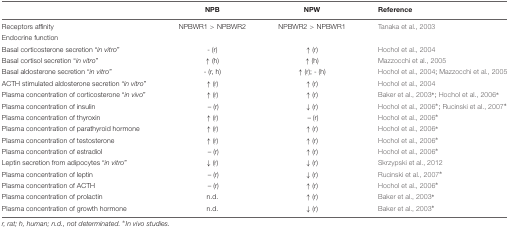
<table><thead><tr><td>[EMPTY_CELL]</td><td><b>NPB</b></td><td><b>NPW</b></td><td><b>Reference</b></td></tr></thead><tbody><tr><td>Receptors affinity</td><td>NPBWR1 &gt; NPBWR2</td><td>NPBWR2 &gt; NPBWR1</td><td>Tanaka et al., 2003</td></tr><tr><td>Endocrine function</td><td>[EMPTY_CELL]</td><td>[EMPTY_CELL]</td><td>[EMPTY_CELL]</td></tr><tr><td>Basal corticosterone secretion “<i>in vitro</i>”</td><td>- (r)</td><td>↑ (r)</td><td>Hochol et al., 2004</td></tr><tr><td>Basal cortisol secretion “<i>in vitro</i>”</td><td>↑ (h)</td><td>↑ (h)</td><td>Mazzocchi et al., 2005</td></tr><tr><td>Basal aldosterone secretion “<i>in vitro</i>”</td><td>- (r, h)</td><td>↑ (r); - (h)</td><td>Hochol et al., 2004; Mazzocchi et al., 2005</td></tr><tr><td>ACTH stimulated aldosterone secretion “<i>in vitro</i>”</td><td>↑ (r)</td><td>↑ (r)</td><td>Hochol et al., 2004</td></tr><tr><td>Plasma concentration of corticosterone “<i>in vivo</i>”</td><td>↑ (r)</td><td>↑ (r)</td><td>Baker et al., 2003<sup>∗</sup>; Hochol et al., 2006<sup>∗</sup></td></tr><tr><td>Plasma concentration of insulin</td><td>– (r)</td><td>↓ (r)</td><td>Hochol et al., 2006<sup>∗</sup>; Rucinski et al., 2007<sup>∗</sup></td></tr><tr><td>Plasma concentration of thyroxin</td><td>↑ (r)</td><td>– (r)</td><td>Hochol et al., 2006<sup>∗</sup></td></tr><tr><td>Plasma concentration of parathyroid hormone</td><td>↑ (r)</td><td>↑ (r)</td><td>Hochol et al., 2006<sup>∗</sup></td></tr><tr><td>Plasma concentration of testosterone</td><td>↑ (r)</td><td>↑ (r)</td><td>Hochol et al., 2006<sup>∗</sup></td></tr><tr><td>Plasma concentration of estradiol</td><td>– (r)</td><td>↑ (r)</td><td>Hochol et al., 2006<sup>∗</sup></td></tr><tr><td>Leptin secretion from adipocytes “<i>in vitro</i>”</td><td>↓ (r)</td><td>↓ (r)</td><td>Skrzypski et al., 2012</td></tr><tr><td>Plasma concentration of leptin</td><td>– (r)</td><td>↓ (r)</td><td>Rucinski et al., 2007<sup>∗</sup></td></tr><tr><td>Plasma concentration of ACTH</td><td>– (r)</td><td>↑ (r)</td><td>Hochol et al., 2006<sup>∗</sup></td></tr><tr><td>Plasma concentration of prolactin</td><td>n.d.</td><td>↑ (r)</td><td>Baker et al., 2003<sup>∗</sup></td></tr><tr><td>Plasma concentration of growth hormone</td><td>n.d.</td><td>↓ (r)</td><td>Baker et al., 2003<sup>∗</sup></td></tr></tbody></table>